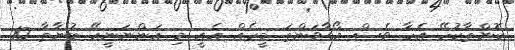
ކޮންތާކުހޭ އެހާ ވެސް އޯގާވަންތަ މީހެއް އެއީ މި އަންނަނީއޭ ބުނާތާ 10